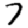
Digit: 7